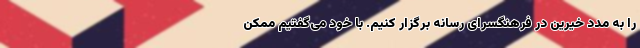
را به مدد خیرین در فرهنگسرای رسانه برگزار کنیم. با خود می‌گفتیم ممکن